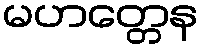
မဟတ္တေန